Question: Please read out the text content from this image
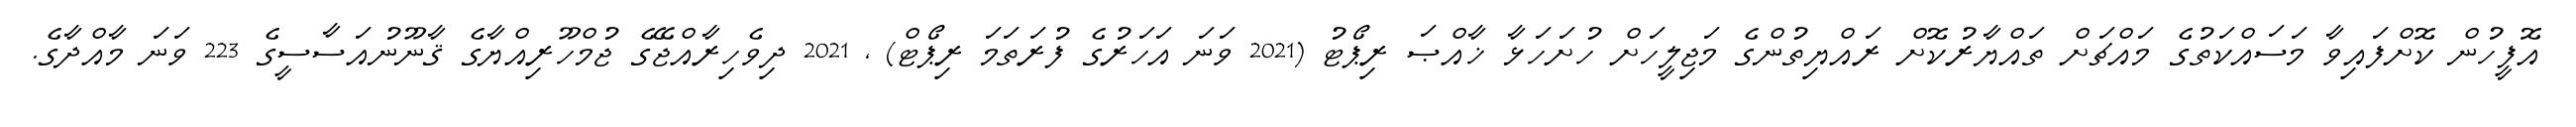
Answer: އޮފީހުން ކޮށްފައިވާ މަސައްކަތުގެ މައްޗަށް ތައްޔާރުކޮށް ރައްޔިތުންގެ މަޖިލީހަށް ހުށަހަޅާ ޚާއްޞަ ރިޕޯޓު (2021 ވަނަ އަހަރުގެ ފުރަތަމަ ރިޕޯޓް) , 2021 ދިވެހިރާއްޖޭގެ ޖުމްހޫރިއްޔާގެ ޤާނޫނުއަސާސީގެ 223 ވަނަ މާއްދާގެ.